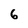
Character: 6